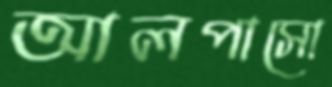
আলপাসো